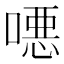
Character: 𫫖